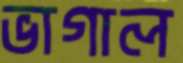
ভাগাল